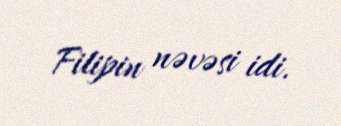
Filipin nəvəsi idi.